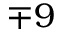
\mp 9